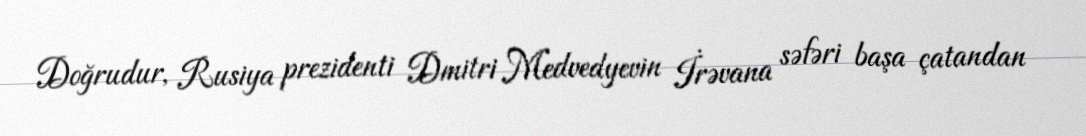
Doğrudur, Rusiya prezidenti Dmitri Medvedyevin İrəvana səfəri başa çatandan